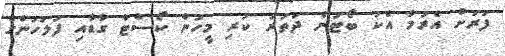
ފަރަށް އެރުމާ އެކު ބޯޓުން ދަތުރު ކުރި މީހުން ކޯސްޓް ގާޑާއި ފުލުހުންގެ